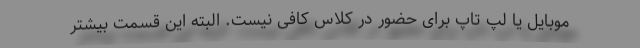
موبایل یا لپ تاپ برای حضور در کلاس کافی نیست. البته این قسمت بیشتر